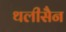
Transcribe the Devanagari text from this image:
थलीसैन